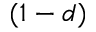
( 1 - d )